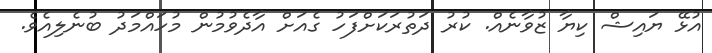
އުޅޭ ޔައިޝް ކިޔާ ޒުވާނެއް. ކުރު ދަތުރަކަށްފަހު ގެއަށް އާދެވުމުން މުހައްމަދު ބުނެލިއެވެ.